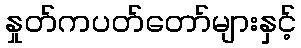
နှုတ်ကပတ်တော်များနှင့်